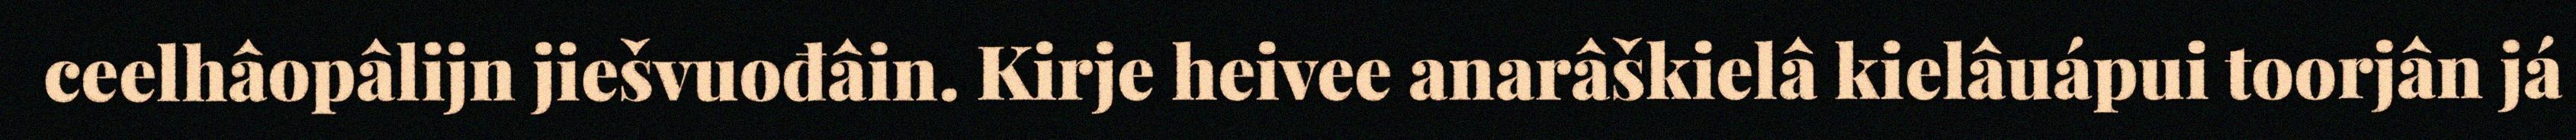
ceelhâopâlijn jiešvuođâin. Kirje heivee anarâškielâ kielâuápui toorjân já